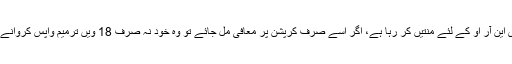
سندھ کی قوم پرست تحریکی تاریخ کے ماہر اور قلم کار سہیل میمن کی رائے ہے کہ ”زرداری این آر او کے لئے منتیں کر رہا ہے، اگر اسے صرف کرپشن پر معافی مل جائے تو وہ خود نہ صرف 18 ویں ترمیم واپس کروانے کے لئے تیار ہو جائے گا، مگر اور بھی سندھ دشمن مطالبات تسلیم کرتے دیر نہیں کرے گا‘‘۔